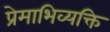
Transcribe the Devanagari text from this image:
प्रेमाभिव्यक्ति